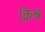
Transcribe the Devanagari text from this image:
क्रिश्न